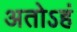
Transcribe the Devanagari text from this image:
अतोऽहं